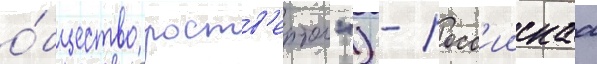
о́бщество роств'ертол") - росс'иискаа